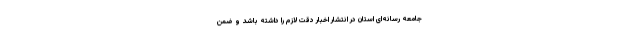
جامعه رسانه‌ای استان در انتشار اخبار دقت لازم را داشته باشد و ضمن